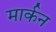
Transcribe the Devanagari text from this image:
मार्कन